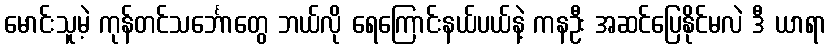
မောင်းသူမဲ့ ကုန်တင်သင်္ဘောတွေ ဘယ်လို ရေကြောင်းနယ်ပယ်နဲ့ ကနဦး အဆင်ပြေနိုင်မလဲ ဒီ ယာရာ